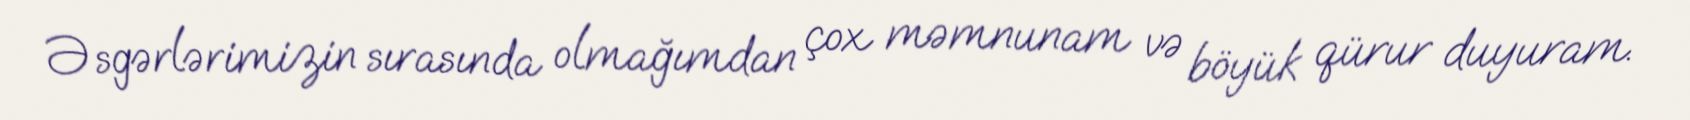
Əsgərlərimizin sırasında olmağımdan çox məmnunam və böyük qürur duyuram.